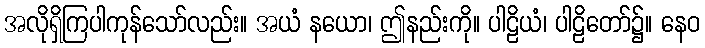
အလိုရှိကြပါကုန်သော်လည်း။ အယံ နယော၊ ဤနည်းကို။ ပါဠိယံ၊ ပါဠိတော်၌။ နေဝ